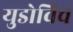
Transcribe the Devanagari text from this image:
युडोविच